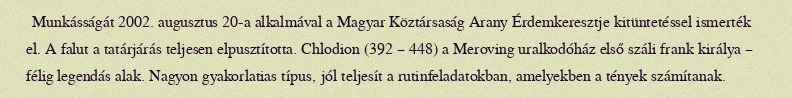
Munkásságát 2002. augusztus 20-a alkalmával a Magyar Köztársaság Arany Érdemkeresztje kitüntetéssel ismerték el. A falut a tatárjárás teljesen elpusztította. Chlodion (392 – 448) a Meroving uralkodóház első száli frank királya – félig legendás alak. Nagyon gyakorlatias típus, jól teljesít a rutinfeladatokban, amelyekben a tények számítanak.